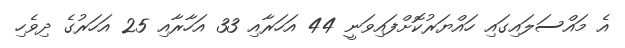
އެ މައްސަލައިގައި ހައްޔަރުކޮށްފައިވަނީ 44 އަހަރާއި 33 އަހާރާއި 25 އަހަރުގެ ދިވެހި